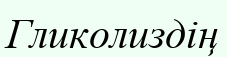
Гликолиздің